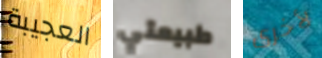
العجيبة طبيعتي لأخرى